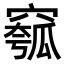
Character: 𥧰